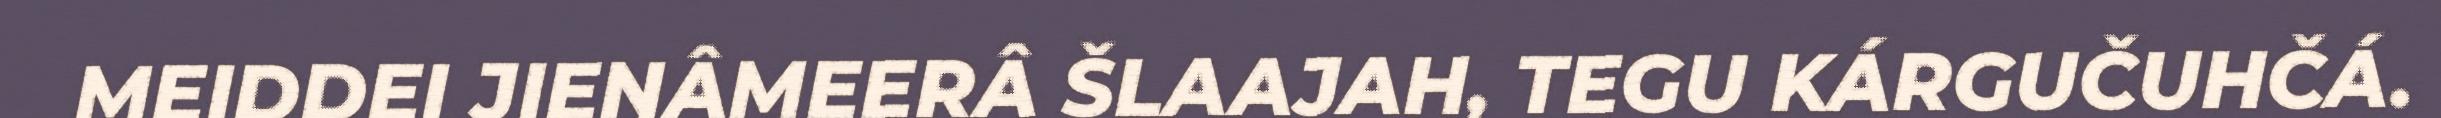
MEIDDEI JIEŊÂMEERÂ ŠLAAJAH, TEGU KÁRGUČUHČÁ.